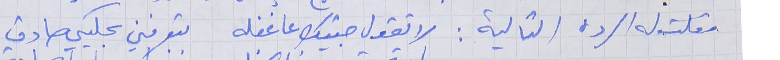
فقلت له الردة التالية : لا تقول جيتك عا غفله      بتعرفني بحكيي صادق